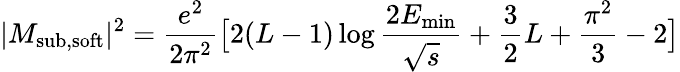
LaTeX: |M_{\mathrm{{sub,soft}}}|^{2}=\frac{e^{2}}{2\pi^{2}}\bigl[2(L-1)\log\frac{2E_{\mathrm{min}}}{\sqrt{s}}+\frac{3}{2}L+\frac{\pi^{2}}{3}-2\bigr]